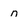
Character: n